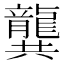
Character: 龔